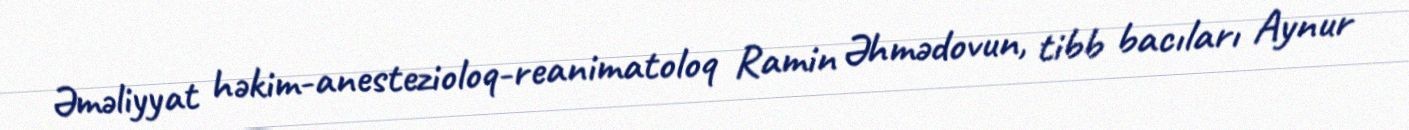
Əməliyyat həkim-anestezioloq-reanimatoloq Ramin Əhmədovun, tibb bacıları Aynur